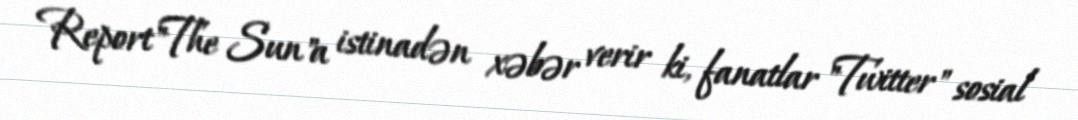
Report"The Sun"a istinadən xəbər verir ki, fanatlar "Twitter" sosial